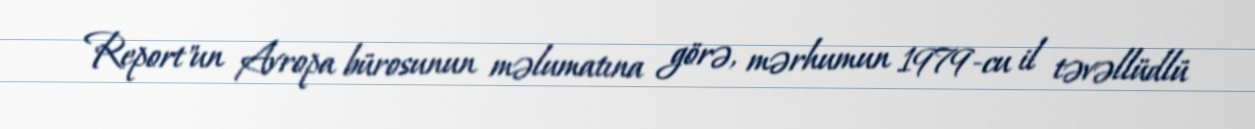
Report"un Avropa bürosunun məlumatına görə, mərhumun 1979-cu il təvəllüdlü